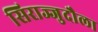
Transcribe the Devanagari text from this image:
सिराज्जुदौला